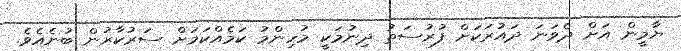
ޔާމީން އަށް ދެވަނަ ދައުރަކަށް ފުރުސަތު ދިނުމަކީ މުހިންމު ކަމެއްކަމަށް ސަރުކާރުން ބުނެއެވެ.